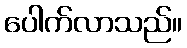
ပေါက်လာသည်။